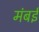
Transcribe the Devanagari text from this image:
मंबई